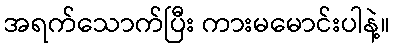
အရက်သောက်ပြီး ကားမမောင်းပါနဲ့။